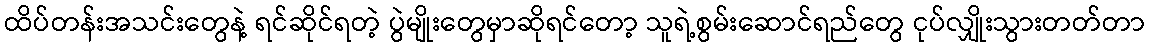
ထိပ်တန်းအသင်းတွေနဲ့ ရင်ဆိုင်ရတဲ့ ပွဲမျိုးတွေမှာဆိုရင်တော့ သူရဲ့စွမ်းဆောင်ရည်တွေ ငုပ်လျှိုးသွားတတ်တာ